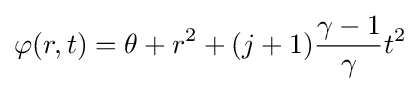
\varphi (r,t)=\theta +r^{2}+(j+1){\frac {\gamma -1}{\gamma }}t^{2}